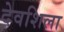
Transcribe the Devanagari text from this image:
देवशिला